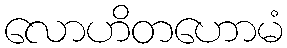
လောဟိတဟောမံ